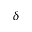
\delta